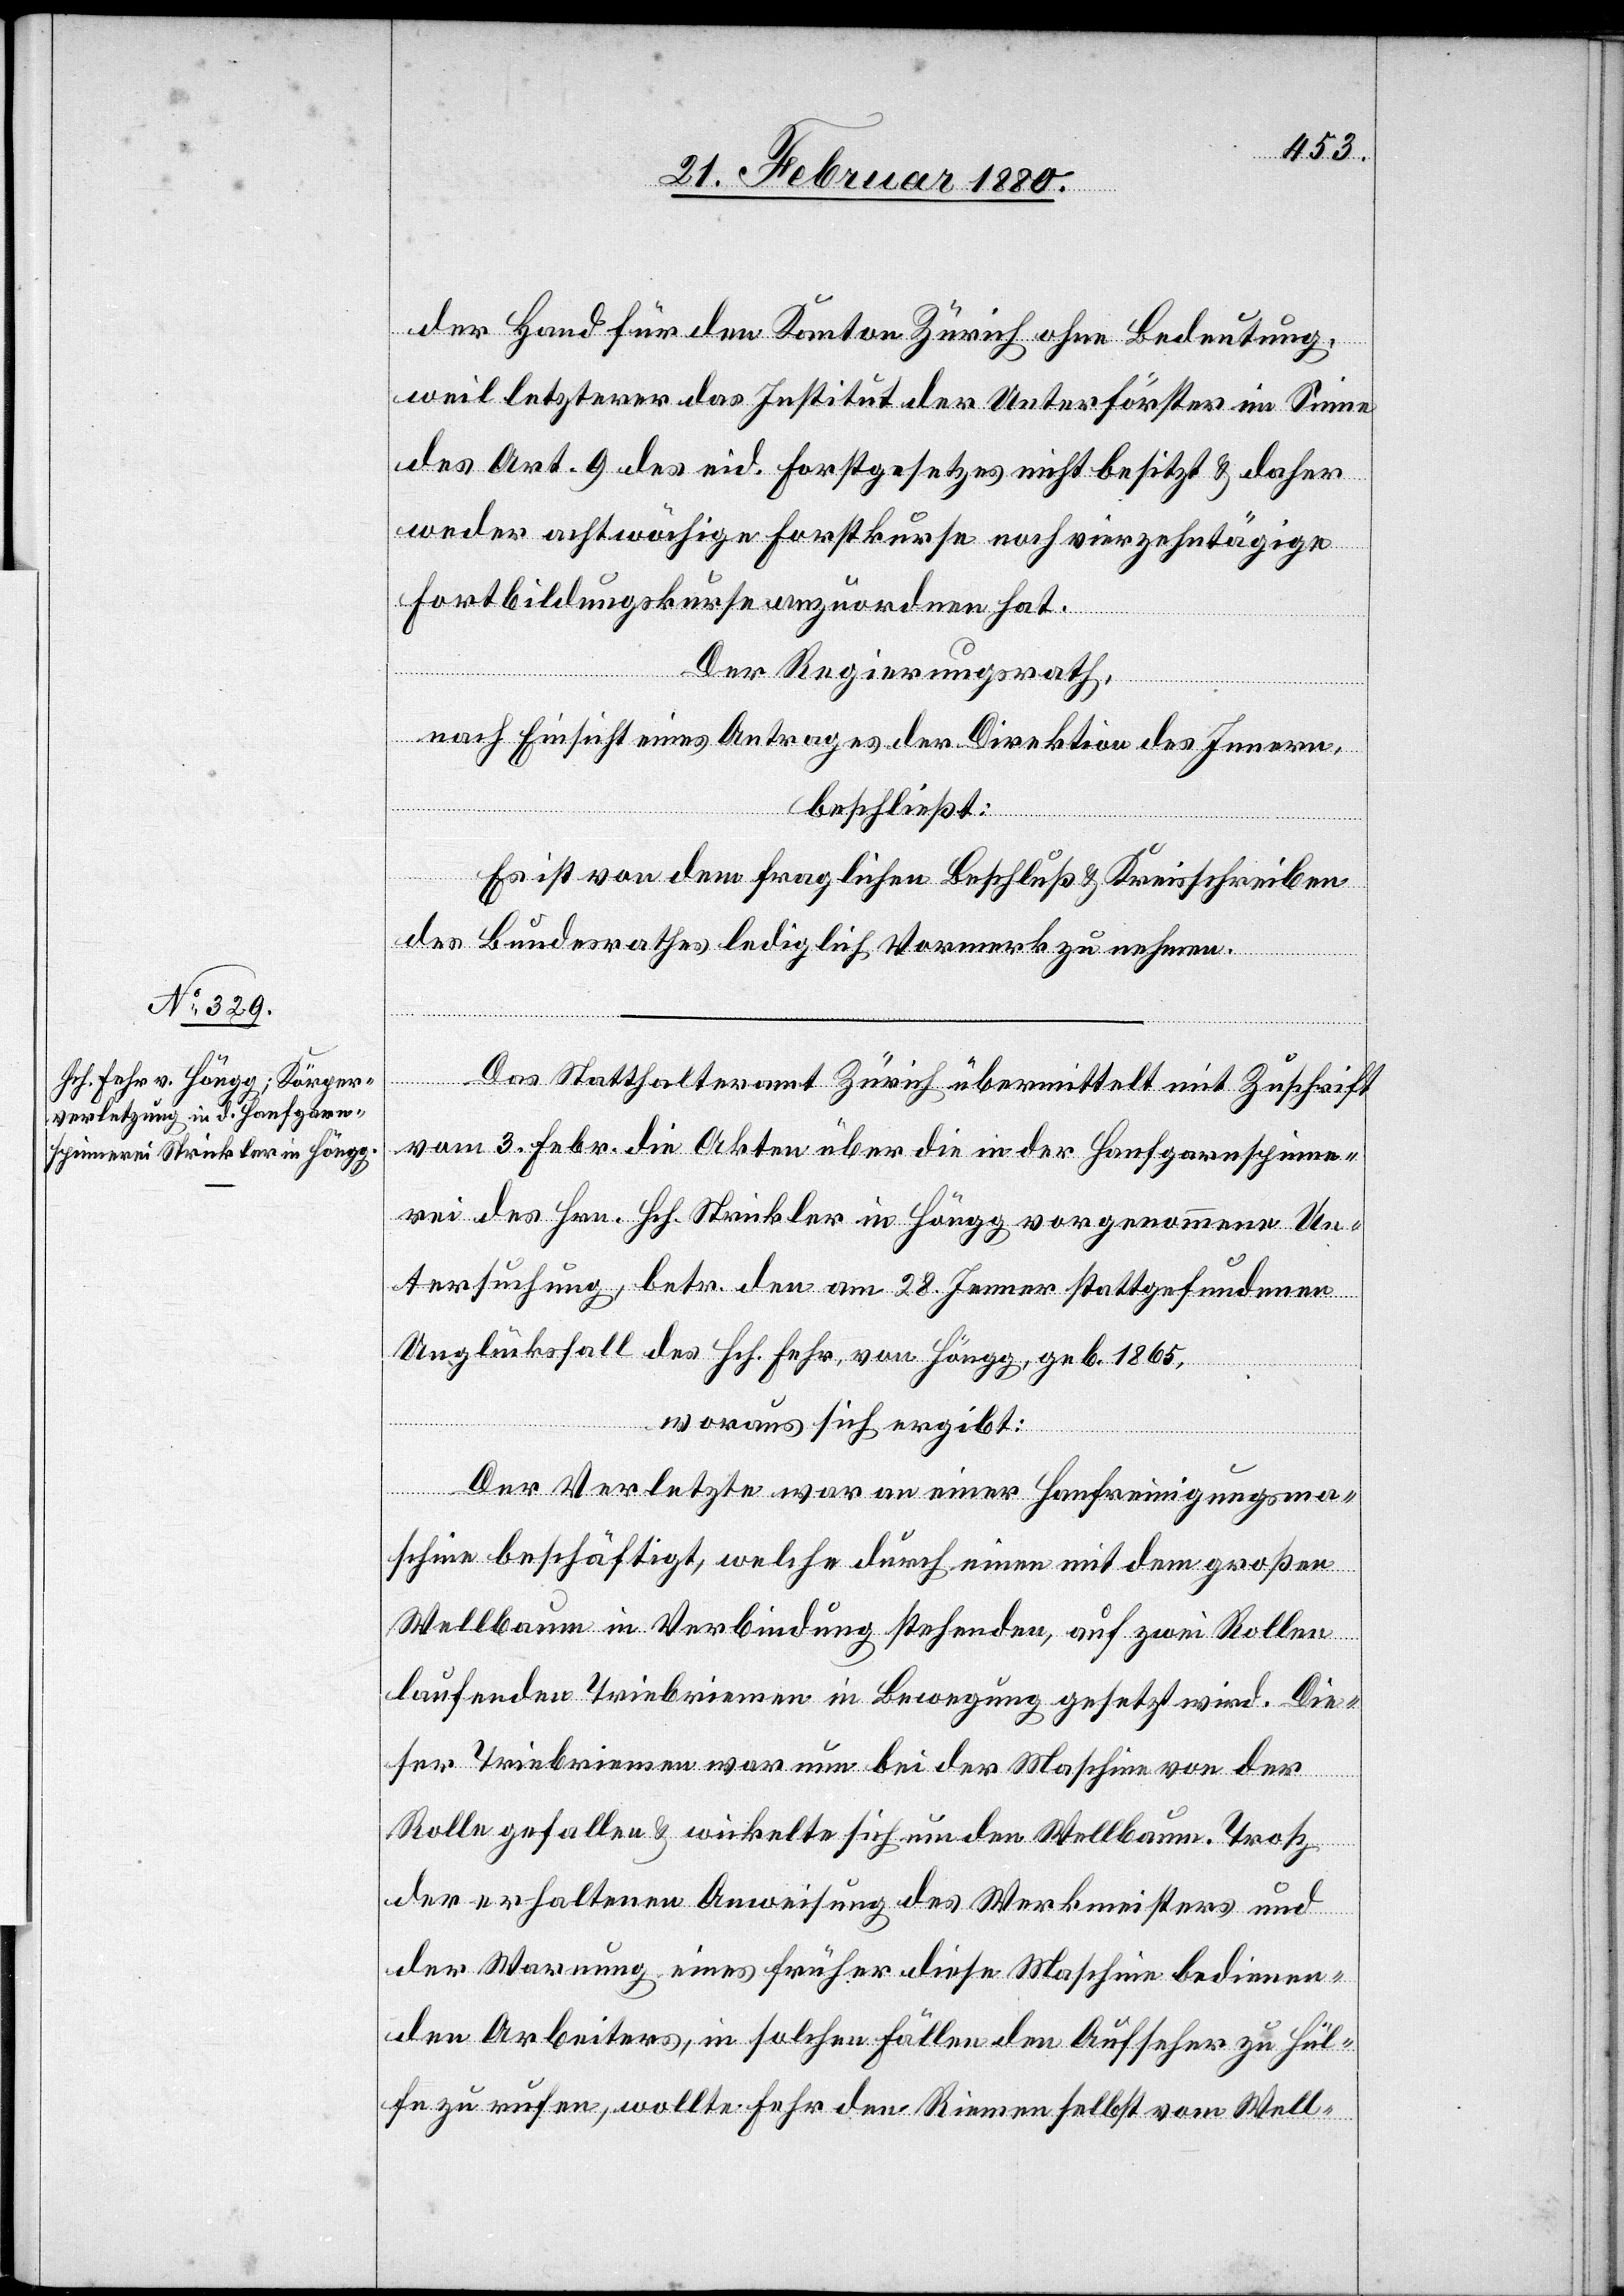
der Hand für den Kanton Zürich ohne Bedeutung,
weil letzterer das Institut der Unterförster im Sinne
des Art. 9 des eid. Forstgesetzes nicht besitzt & daher
weder achtwöchige Forstkurse noch vierzehntägige
Fortbildungskurse anzuordnen hat.
Der Regierungsrath,
nach Einsicht eines Antrages der Direktion des Innern,
beschließt:
Es ist von dem fraglichen Beschluß & Kreisschreiben
des Bundesrathes lediglich Vormerk zu nehmen.
Das Statthalteramt Zürich übermittelt mit Zuschrift
vom 3. Febr. die Akten über die in der Hanfgarnspinne¬
rei des Hrn. Hch. Strickler in Höngg vorgenommene Un¬
tersuchung, betr. den am 28. Jenner stattgefundenen
Unglücksfall des Hch. Fehr von Höngg, geb. 1865,
woraus sich ergibt:
Der Verletzte war an einer Hanfreinigungsma¬
schine beschäftigt, welche durch einen mit dem großen
Wellbaum in Verbindung stehenden, auf zwei Rollen
laufenden Triebriemen in Bewegung gesetzt wird. Die¬
ser Triebriemen war nun bei der Maschine von der
Rolle gefallen & wickelte sich um den Wellbaum. Trotz
der erhaltenen Anweisung des Werkmeisters und
der Warnung eines früher diese Maschine bedienen¬
den Arbeiters, in solchen Fällen den Aufseher zu Hül¬
fe zu rufen, wollte Fehr den Riemen selbst vom Well-